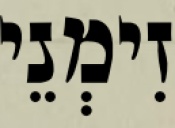
זִימְנֵי